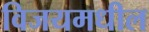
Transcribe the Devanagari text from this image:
विजयमधील